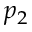
p _ { 2 }